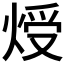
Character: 𤊐